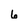
Character: 6